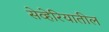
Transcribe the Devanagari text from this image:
सेव्हेरियातील